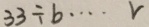
3 3 \div b \cdots r